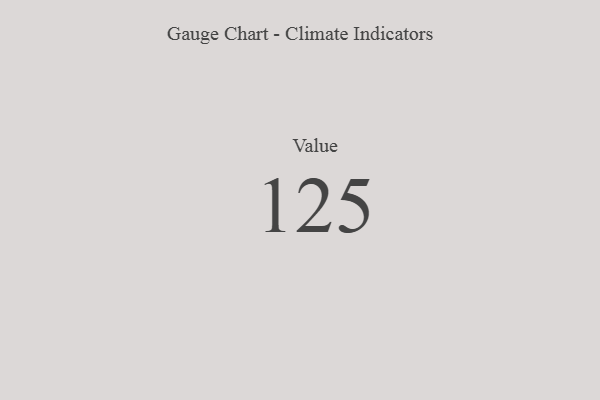
{"axis": {"x": "Metric", "y": "Value"}, "legend": [""], "data": [{"x": "Value", "y": 125, "type": ""}]}